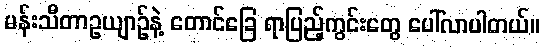
မန်းသီတာဥယျာဉ်နဲ့ တောင်ခြေ ရာပြည့်ကွင်းတွေ ပေါ်လာပါတယ်။